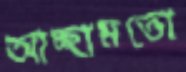
আচ্ছামতো